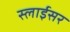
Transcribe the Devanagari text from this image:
स्‍लाईसर